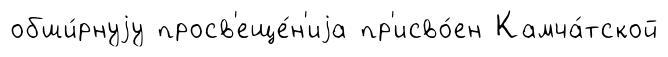
обши́рнуjу просв'еще́н'иjа пр'исво́ен Камча́тской